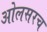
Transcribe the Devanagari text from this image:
ओलसरच